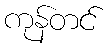
ကုန်တင်